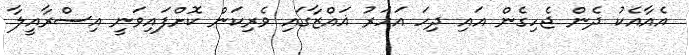
އެއާއެކު ދެން ޖެހިގެން އައި ދިހަ އަހަރު ޣައްޒާގައި ވެރިކަން ކޮށްފައިވަނީ އިސްރާއީލާ